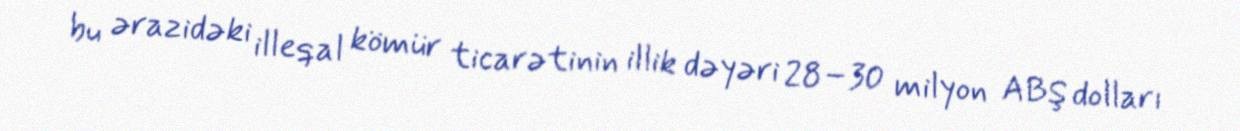
bu ərazidəki illeqal kömür ticarətinin illik dəyəri 28–30 milyon ABŞ dolları